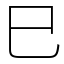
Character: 巳